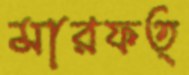
মারফত্